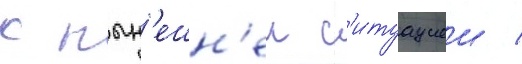
с нын'ешн'еи с'итуациеи /